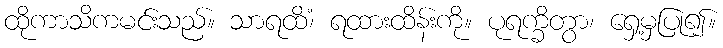
ထိုကာသိကမင်းသည်။ သာရထိံ၊ ရထားထိန်းကို။ ပုရက္ခိတွာ၊ ရှေ့မှပြု၍။